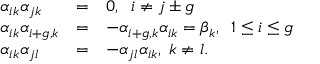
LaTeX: \begin{array} { l l l } { { \alpha _ { i k } \alpha _ { j k } } } & { { = } } & { { 0 , \; \; i \neq j \pm g } } \\ { { \alpha _ { i k } \alpha _ { i + g , k } } } & { { = } } & { { - \alpha _ { i + g , k } \alpha _ { i k } = \beta _ { k } , \; \; 1 \leq i \leq g } } \\ { { \alpha _ { i k } \alpha _ { j l } } } & { { = } } & { { - \alpha _ { j l } \alpha _ { i k } , \; k \neq l . } } \end{array}